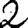
Digit: 2